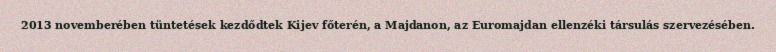
2013 novemberében tüntetések kezdődtek Kijev főterén, a Majdanon, az Euromajdan ellenzéki társulás szervezésében.